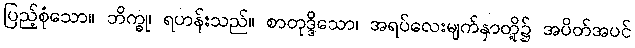
ပြည့်စုံသော။ ဘိက္ခု၊ ရဟန်းသည်။ စာတုဒ္ဒိသော၊ အရပ်လေးမျက်နှာတို့၌ အပိတ်အပင်